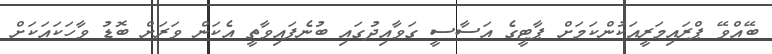
ބޭއްވޭ ޕްރައިމަރީއަކުންކަމަށް ޕާޓީގެ އަސާސީ ގަވާއިދުގައި ބުނެފައިވާތީ އެކަން ވަރަށް ބޮޑު ވާހަކައަކަށް